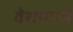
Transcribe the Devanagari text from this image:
वेशामध्ये